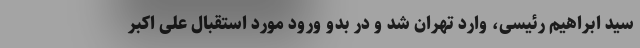
سید ابراهیم رئیسی، وارد تهران شد و در بدو ورود مورد استقبال علی اکبر